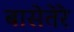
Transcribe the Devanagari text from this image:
बासेतेरे